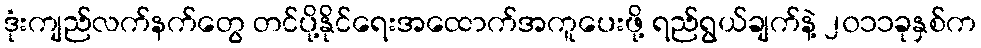
ဒုံးကျည်လက်နက်တွေ တင်ပို့နိုင်ရေးအထောက်အကူပေးဖို့ ရည်ရွယ်ချက်နဲ့ ၂၀၁၁ခုနှစ်က